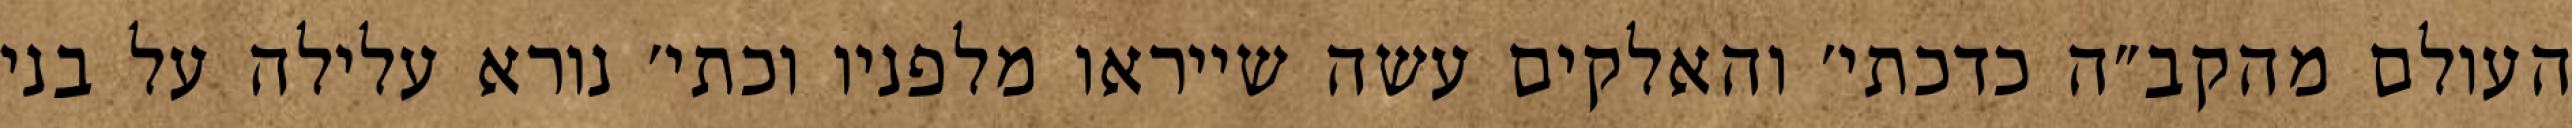
העולם מהקב״ה כדכתי׳ והאלקים עשה שייראו מלפניו וכתי׳ נורא עלילה על בני